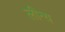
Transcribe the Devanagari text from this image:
लीन्य